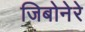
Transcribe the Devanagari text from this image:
जिबोनेरे